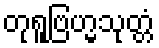
တုရူဗြဟ္မသုတ္တံ